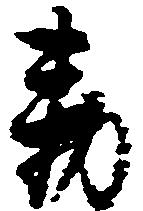
勅